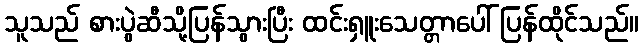
သူသည် စားပွဲဆီသို့ပြန်သွားပြီး ထင်းရှူးသေတ္တာပေါ် ပြန်ထိုင်သည်။